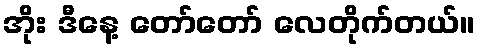
အိုး ဒီနေ့ တော်တော် လေတိုက်တယ်။